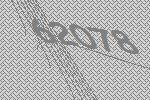
62078